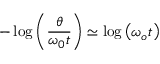
- \log \left( \frac { \theta } { \omega _ { 0 } t } \right) \simeq \log \left( \omega _ { o } t \right)